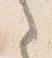
之